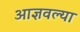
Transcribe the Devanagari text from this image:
आज्ञवल्या